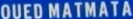
QUEDMATMATA